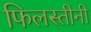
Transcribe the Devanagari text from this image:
फिलस्तीनी